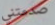
صدمتني